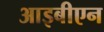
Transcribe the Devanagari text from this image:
आइबीएन